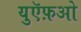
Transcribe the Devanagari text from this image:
युऍफ़ओ